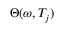
\Theta ( \omega , T _ { j } )